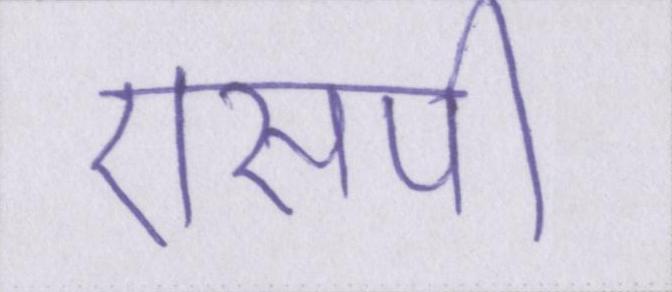
एसपी